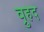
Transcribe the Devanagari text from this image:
व्रुहद